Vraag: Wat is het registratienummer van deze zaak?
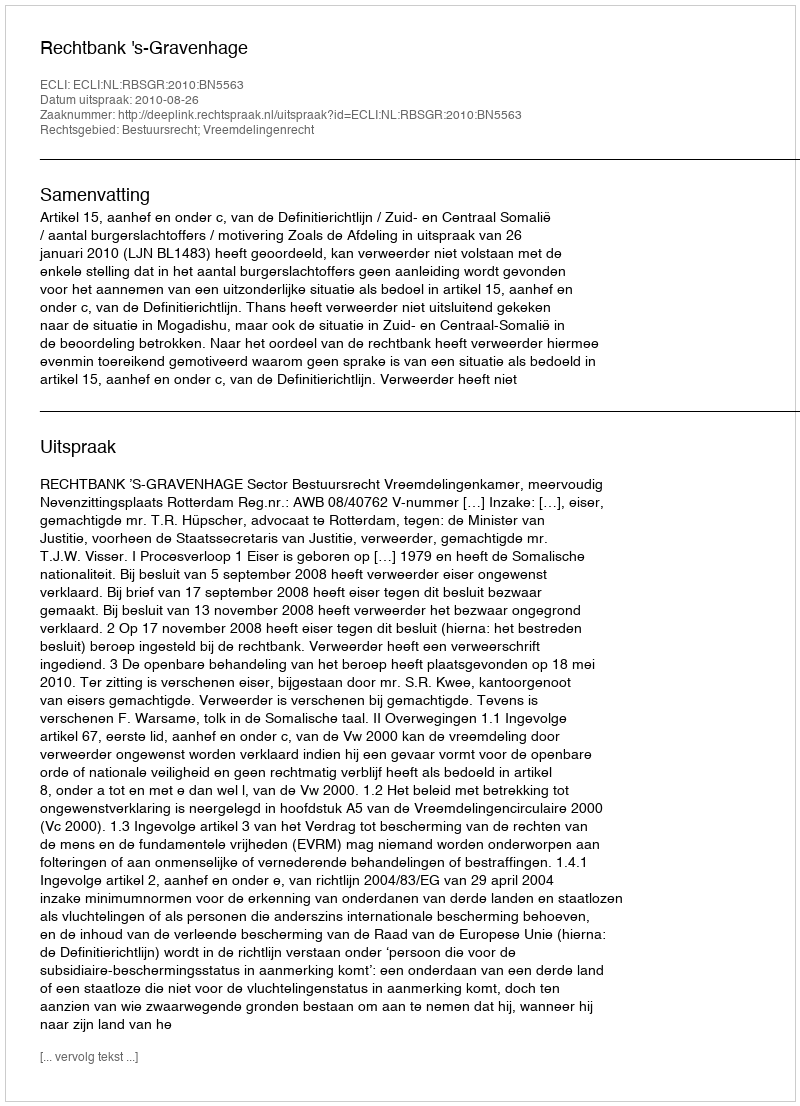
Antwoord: http://deeplink.rechtspraak.nl/uitspraak?id=ECLI:NL:RBSGR:2010:BN5563